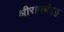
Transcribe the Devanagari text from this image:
श्रीरामचंद्रुडु